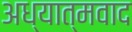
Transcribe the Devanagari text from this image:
अध्‍यात्‍मवाद